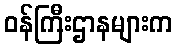
ဝန်ကြီးဌာနများက